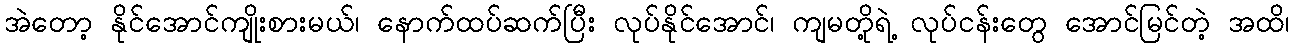
အဲတော့ နိုင်အောင်ကျိုးစားမယ်၊ နောက်ထပ်ဆက်ပြီး လုပ်နိုင်အောင်၊ ကျမတို့ရဲ့ လုပ်ငန်းတွေ အောင်မြင်တဲ့ အထိ၊